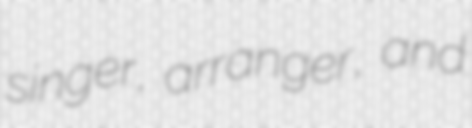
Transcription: singer, arranger, and